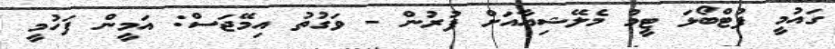
ގައުމީ ފުޓްބޯޅަ ޓީމު މެލޭޝިއާއަށް ފުރުން - ވަގުތު އިމޭޖަސް: އަމީން ފަހުމީ